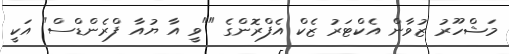
މަޝްހޫރު ޒުވާން އެކްޓަރު ޒެކް އެފްރޮންގެ ""ވީ އާ ޔުއާ ފްރެންޑްސް" އަކީ